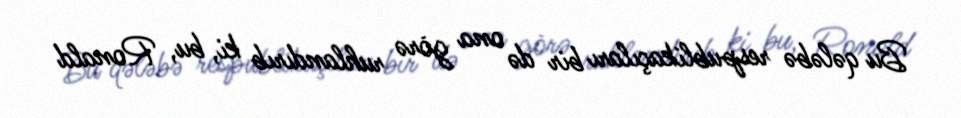
Bu qələbə respublikaçıları bir də ona görə ruhlandırıb ki, bu, Ronald